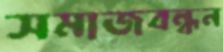
সমাজবন্ধন